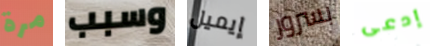
مرة وسبب إيميل بسرور إدعى